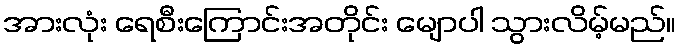
အားလုံး ရေစီးကြောင်းအတိုင်း မျောပါ သွားလိမ့်မည်။